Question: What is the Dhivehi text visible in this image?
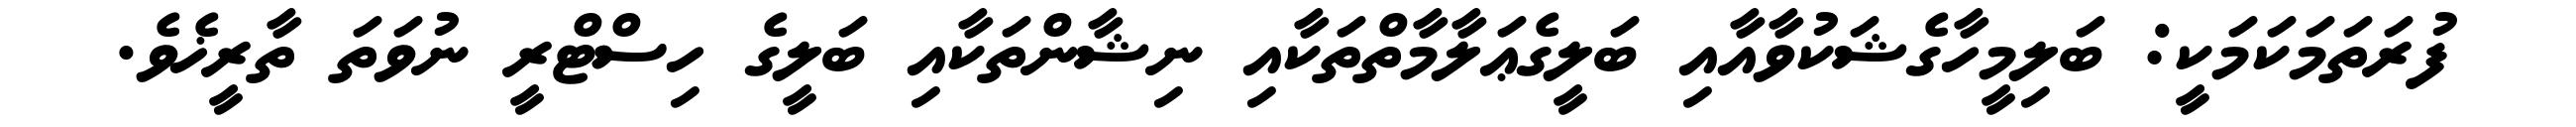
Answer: ފުރަތަމަކަމަކީ: ބަލިމީހާގެޝަކުވާއާއި ބަލީގެޢަލާމާތްތަކާއި ނިޝާންތަކާއި ބަލީގެ ހިސްޓްރީ ނުވަތަ ތާރީޚެވެ.